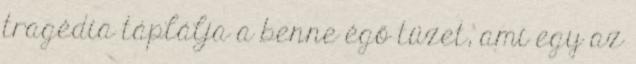
tragédia táplálja a benne égő tüzet, ami egy az